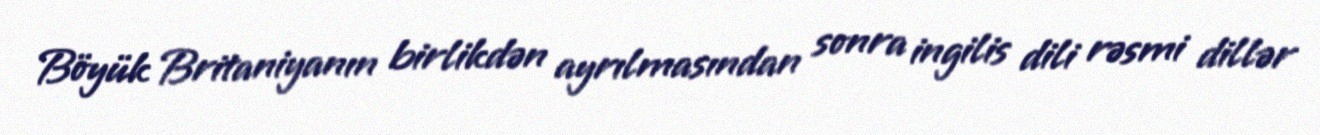
Böyük Britaniyanın birlikdən ayrılmasından sonra ingilis dili rəsmi dillər